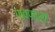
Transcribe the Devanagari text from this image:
गावपांढरी